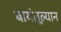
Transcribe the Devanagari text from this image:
बायंतूल्यान